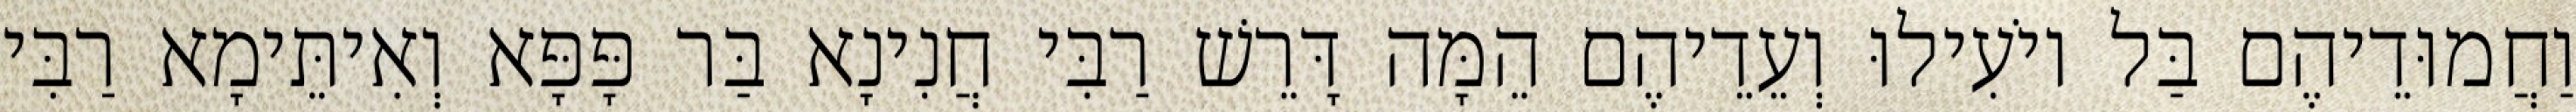
וַחֲמוּדֵיהֶם בַּל יוֹעִילוּ וְעֵדֵיהֶם הֵמָּה דָּרֵשׁ רַבִּי חֲנִינָא בַּר פָּפָּא וְאִיתֵּימָא רַבִּי